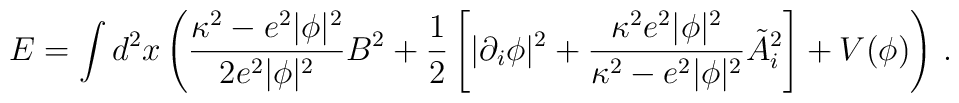
E  = \int d^2x \left( {  \kappa^2 - e^2 |\phi|^2  \over 2 e^2  |\phi|^2}   B^2 + {1 \over 2} \left[  | \partial_i \phi |^2  + { \kappa^2  e^2  |\phi|^2    \over  \kappa^2 - e^2|\phi|^2   }   \tilde{A}_i^2  \right]  + V(\phi)   \right)     \, .